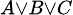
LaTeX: \scriptstyle A\lor B\lor C